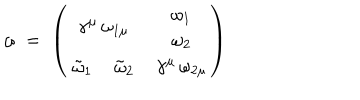
LaTeX: \omega \; = \; \left( \begin{array} { c c } { { \gamma ^ { \mu } \, \omega _ { 1 \mu } } } & { { \begin{array} { c } { { \omega _ { 1 } } } \\ { { \omega _ { 2 } } } \\ \end{array} } } \\ { { \begin{array} { c c } { { \tilde { \omega } _ { 1 } \, } } & { { \tilde { \omega } _ { 2 } } } \\ \end{array} } } & { { \gamma ^ { \mu } \, \omega _ { 2 \mu } } } \\ \end{array} \right)